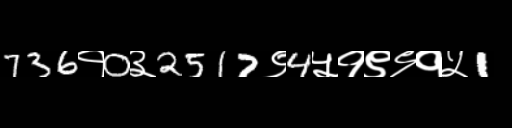
Text: 736१0३2517९4५१९९१५1